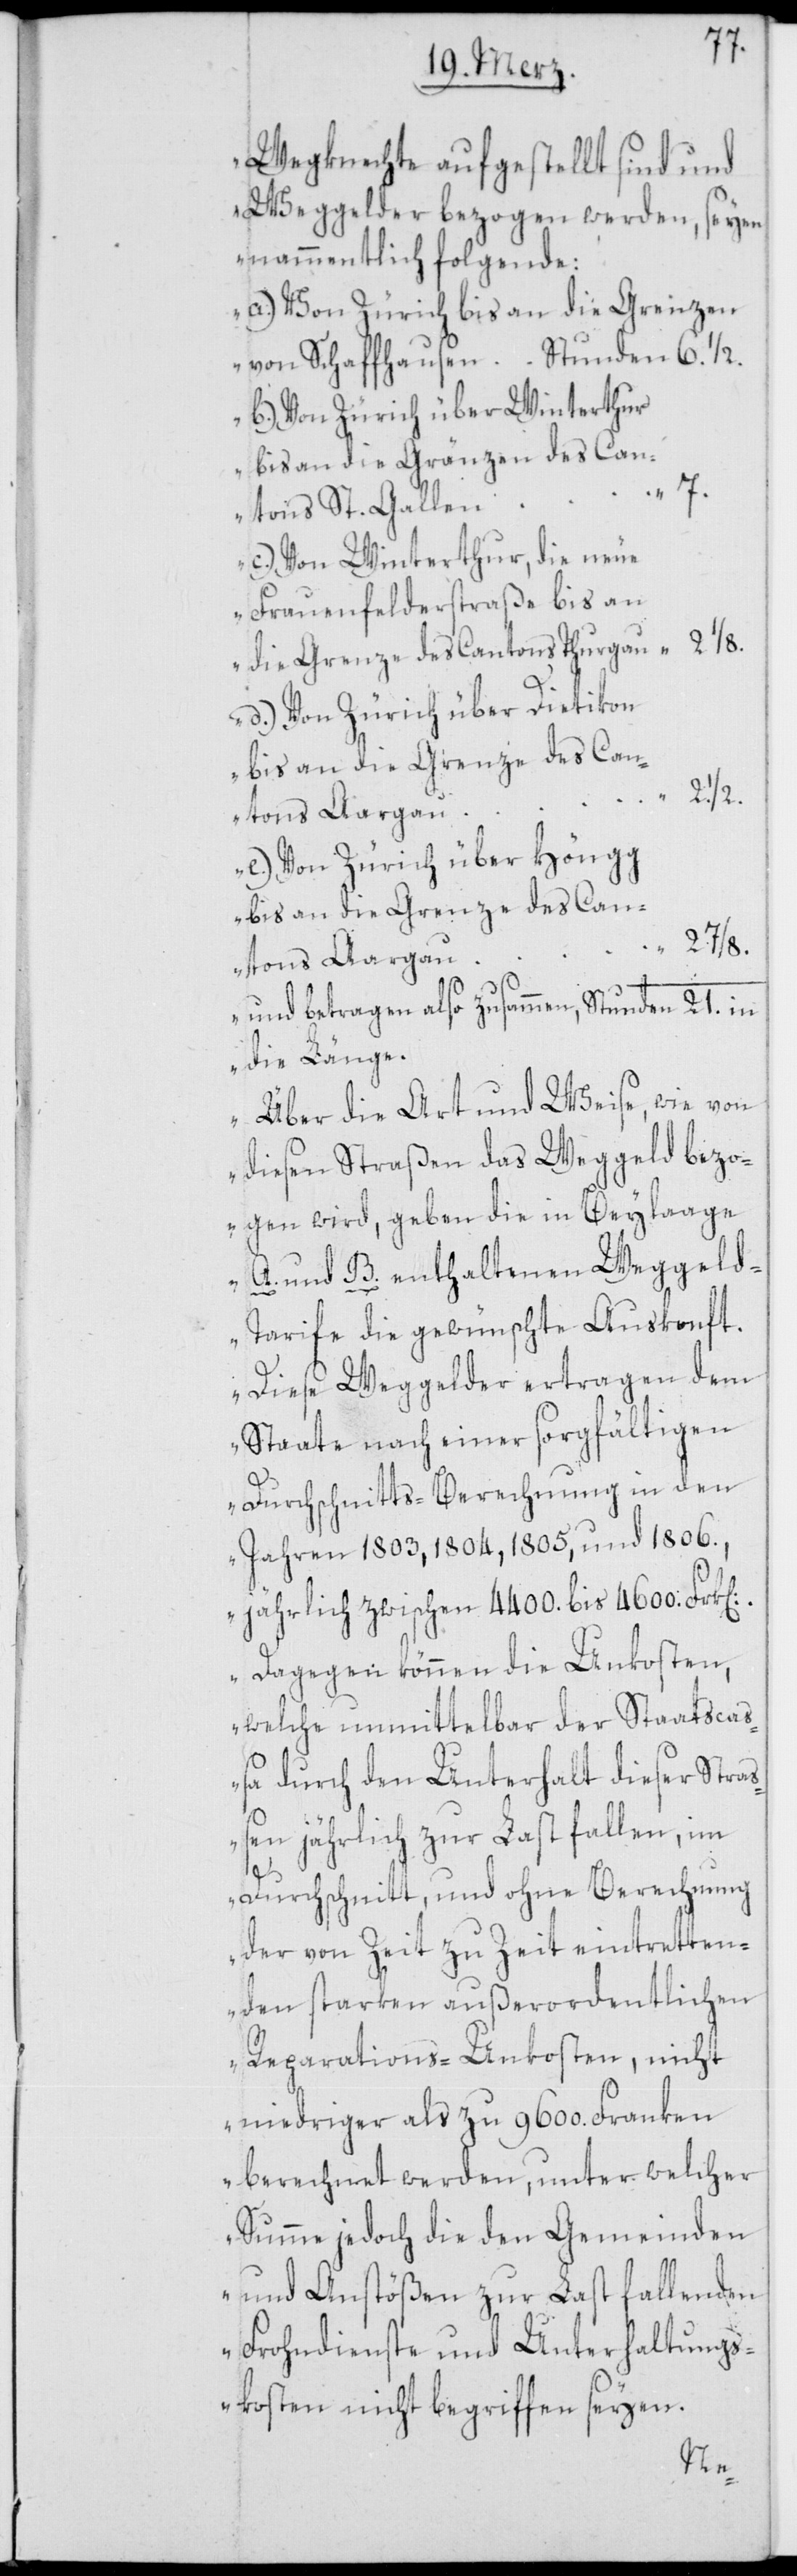
Wegknechte aufgestellt sind und
Weggelder bezogen werden, seyen
nammentlich folgende:
a.) Von Zürich bis an die Grenzen
von Schaffhausen Stunden 6. 1/2.
b.) Von Zürich über Winterthur
bis an die Gränzen des
“ 7.
Cantons St. Gallen
c.) Von Winterthur, die neue
Frauenfelderstraße bis an
die Grenze des Cantons Thurgau “ 2 1/8.
d.) Von Zürich über Dietikon
2. 1/2.
tons Aargau
e.) Von Zürich über Höngg
bis an die Grenze des Can¬
“ 2 7/8.
tons Aargau “
und betragen also zusammen, Stunden 21. in
die Länge.
Über die Art und Weise, wie von
diesen Straßen das Weggeld bezo¬
gen wird, geben die in Beylaage
A. und B. enthaltenen Weggel¬
d-Tarife die gewünschte Auskonft.
Diese Weggelder ertragen dem
Staate nach einer sorgfältigen
Durchschnitts-Berechnung in den
Jahren 1803, 1804, 1805, und 1806.,
jährlich zwischen 4400. bis 4600. Frk[en].
Dagegen können die Unkosten,
welche unmittelbar der Staatsca¬
ßa durch den Unterhalt dieser Straß¬
en jährlich zur Last fallen, im
Durchschnitt, und ohne Berechnung
der von Zeit zu Zeit eintretten¬
den starken außerordentlichen
Reparations-Unkosten, nicht
niedriger als zu 9600. Franken
berechnet werden, unter welcher
Summe jedoch die den Gemeinden
und Anstößen zur Last fallenden
Frohndienste und Unterhaltungs¬
kosten nicht begriffen seyen.